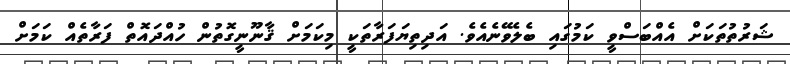
ޝަރުތުތަކަށް އެއްބަސްވީ ކަމުގައި ބެލެވޭނެއެވެ. އަދިތިޔަފަރާތަކީ މިކަމަށް ޤާނޫނީގޮތުން ހުއްދައޮތް ފަރާތެއް ކަމަށް